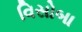
વિસોબા